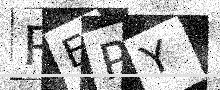
Text: REPY